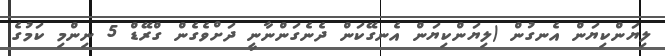
ލިޔަންކިޔަން އެނގުން (ލިޔަންކިޔަން އެނގޭކަން ދެނެގަންނާނީ ދަށްވެގެން ގްރޭޑް 5 ނިންމި ކަމުގެ